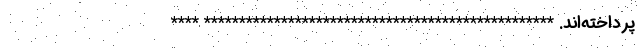
پرداخته‌اند. ************************************************** ****